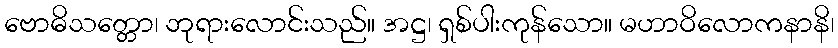
ဗောဓိသတ္တော၊ ဘုရားလောင်းသည်။ အဋ္ဌ၊ ရှစ်ပါးကုန်သော။ မဟာဝိလောကနာနိ၊